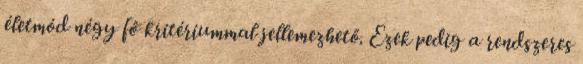
életmód négy fő kritériummal jellemezhető. Ezek pedig a rendszeres